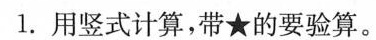
1.用竖式计算，带★的要验算。